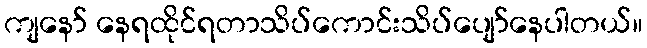
ကျနော် နေရထိုင်ရတာသိပ်ကောင်းသိပ်ပျော်နေပါတယ်။